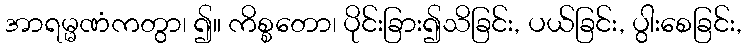
အာရမ္မဏံကတွာ၊ ၍။ ကိစ္စတော၊ ပိုင်းခြား၍သိခြင်း, ပယ်ခြင်း, ပွါးစေခြင်း,